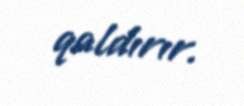
qaldırır.